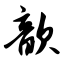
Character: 歆